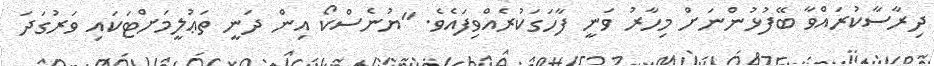
ދިރާސާކުރައްވާ ބޭފުޅުންނަށް މިހާރު ވަނީ ފާހަގަކުރެއްވިފައެވެ. "ޔުނެސްކޯ އިން ދަނީ ތަޢުލީމަށްޓަކައި ވަރުގަދަ